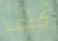
كيف